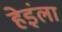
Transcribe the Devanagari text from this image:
हेइंला